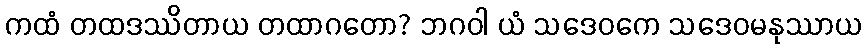
ကထံ တထဒဿိတာယ တထာဂတော? ဘဂဝါ ယံ သဒေဝကေ သဒေဝမနုဿာယ